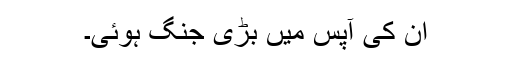
ان کی آپس میں بڑی جنگ ہوئی۔